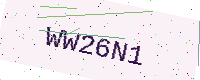
Text: WW26N1